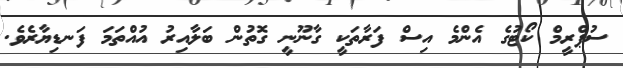
ސުޕްރީމް ކޯޓުގެ އެންމެ އިސް ފަރާތަކީ ގާނޫނީ ގޮތުން ބަލާއިރު އުއްތަމަ ފަނޑިޔާރެވެ.